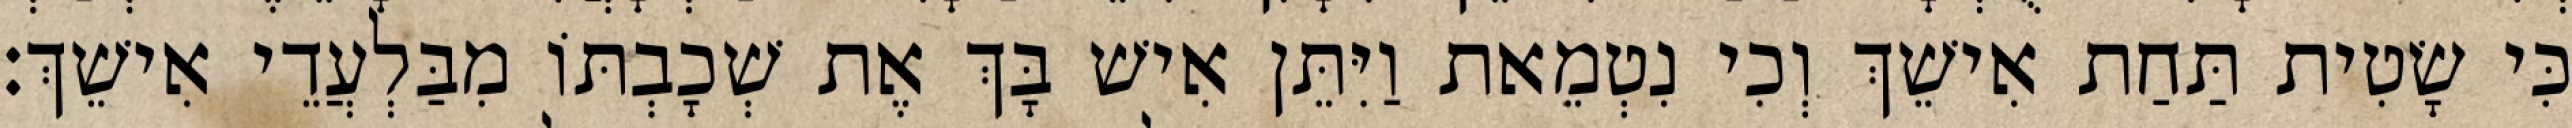
כִּי שָׂטִית תַּחַת אִישֵׁךְ וְכִי נִטְמֵאת וַיִּתֵּן אִישׁ בָּךְ אֶת שְׁכָבְתּוֹ מִבַּלְעֲדֵי אִישֵׁךְ׃